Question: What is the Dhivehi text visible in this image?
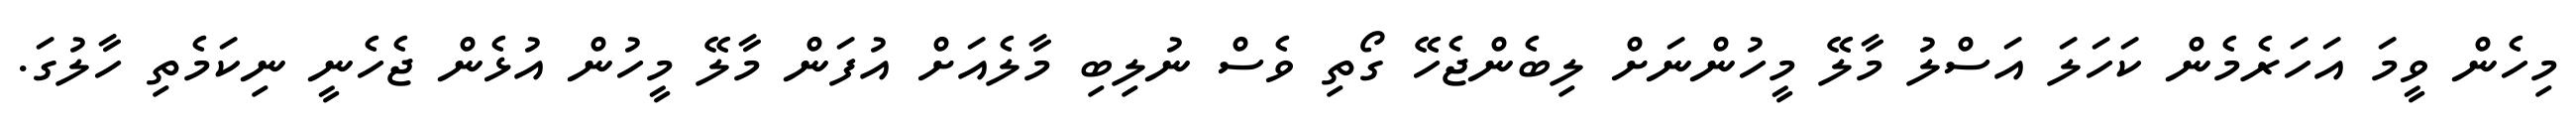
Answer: މިހެން ވީމަ އަހަރެމެން ކަހަލަ އަސްލު މާލޭ މީހުންނަށް ލިބެންޖެހޭ ގޯތި ވެސް ނުލިބި މާލެއަށް އުފަން މާލޭ މީހުން އުޅެން ޖެހެނީ ނިކަމެތި ހާލުގަ.